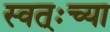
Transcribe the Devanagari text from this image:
स्वत्ःच्या